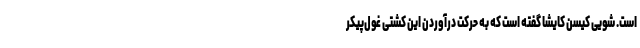
است. شویی کیسن کایشا گفته است که به حرکت درآوردن این کشتی غول‌پیکر